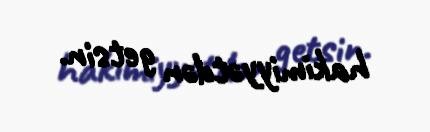
hakimiyyətdən getsin.